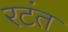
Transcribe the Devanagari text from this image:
रटंत